Sketch of the medical history of the native army of Bombay, for the year
Year: 1875
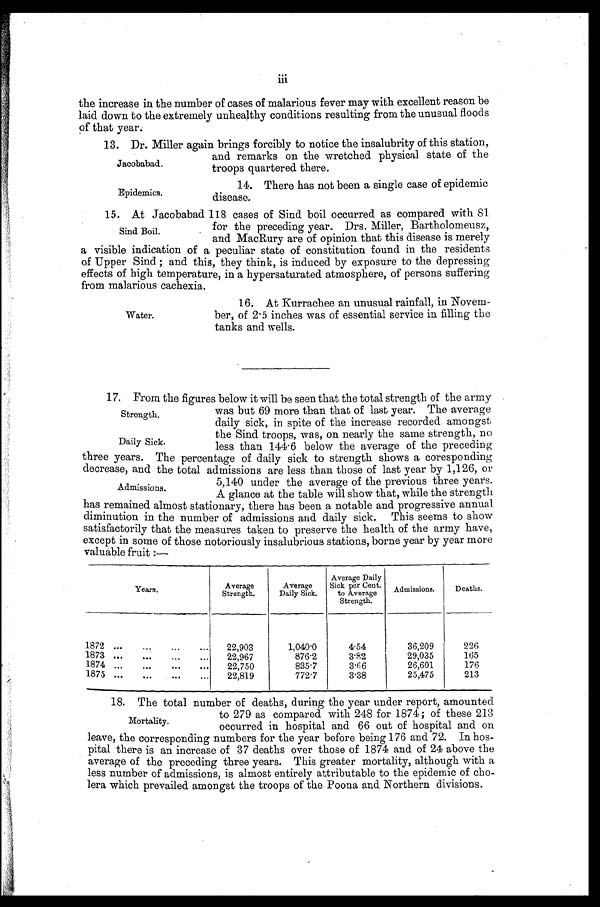
Strength.
Daily Sick.
iii
the increase in the number of cases of malarious fever may with excellent reason be
laid down to the extremely unhealthy conditions resulting from the unusual floods
of that year.
13. Dr. Miller again brings forcibly to notice the insalubrity of this station,
and remarks on the wretched physical state of the
troops quartered there.
Jacobabad.
Epidemics.
14. There has not been a single case of epidemic
disease.
15. At Jacobabad 118 cases of Sind boil occurred as compared with 81
for the preceding year. Drs. Miller, Bartholomeusz,
and MacRury are of opinion that this disease is merely
a visible indication of a peculiar state of constitution found in the residents
of Upper Sind; and this, they think, is induced by exposure to the depressing
effects of high temperature, in a hypersaturated atmosphere, of persons suffering
from malarious cachexia.
Sind Boil.
Water.
16. At Kurrachee an unusual rainfall, in Novem
-ber, of 2·5 inches was of essential service in filling the
tanks and wells.
17. From the figures below it will be seen that the total strength of the army
was but 69 more than that of last year. The average
daily sick, in spite of the increase recorded amongst
the Sind troops, was, on nearly the same strength, no
less than 144·6 below the average of the preceding
three years. The percentage of daily sick to strength shows a coresponding
decrease, and the total admissions are less than those of last year by 1,126, or
5,140 under the average of the previous three years.
A glance at the table will show that, while the strength
has remained almost stationary, there has been a notable and progressive annual
diminution in the number of admissions and daily sick. This seems to show
satisfactorily that the measures taken to preserve the health of the army have,
except in some of those notoriously insalubrious stations, borne year by year more
valuable fruit:—
Years.
Average
Strength.
Average
Daily Sick.
Aver age Dai l y Si ck per Cent . t o Aver age St r engt h.
Admissions.
Deaths.
1872
22,903
1,040·0
4·54
36,209
226
1873
22,967
876·2
3·82
29,035
165
1874
22,750
835·7
3·66
26,601
176
1875
22,819
772·7
3·38
25,475
213
18. The total number of deaths, during the year under report, amounted
to 279 as compared with 248 for 1874; of these 213
occurred in hospital and 66 out of hospital and on
leave, the corresponding numbers for the year before being 176 and 72. In hos-
pital there is an increase of 37 deaths over those of 1874 and of 24 above the
average of the preceding three years. This greater mortality, although with a
less number of admissions, is almost entirely attributable to the epidemic of cho
-lera which prevailed amongst the troops of the Poona and Northern divisions.
Admissions.
Mortality.